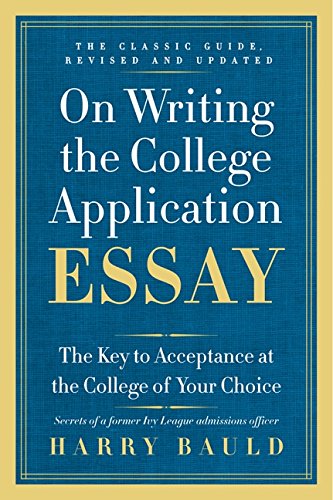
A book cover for On Writing the College Application Essay, 25th Anniversary Edition: The Key to Acceptance at the College of Your Choice; Harry Bauld; Test Preparation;